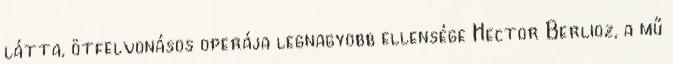
látta, ötfelvonásos operája legnagyobb ellensége Hector Berlioz, a mű